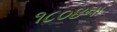
૧૮૦૪ના